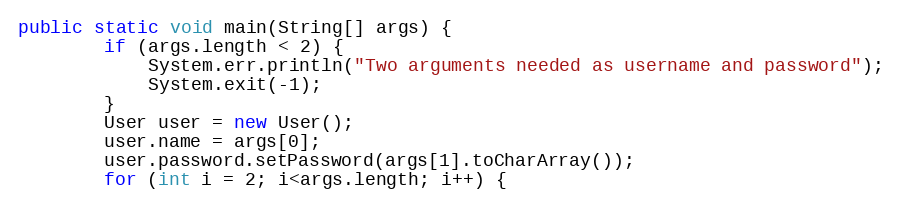
Language: Java
public static void main(String[] args) {
		if (args.length < 2) {
			System.err.println("Two arguments needed as username and password");
			System.exit(-1);
		}
		User user = new User();
		user.name = args[0];
		user.password.setPassword(args[1].toCharArray());
		for (int i = 2; i<args.length; i++) {